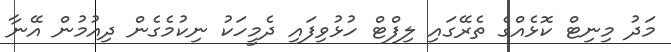
މަދު މިނިޓް ކޮޅެއްގެ ތެރޭގައި ލިފްޓް ހުޅުވިފައި ދެމީހަކު ނިކުމެގެން ދިއުމުން އޭނާ